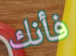
فأنك